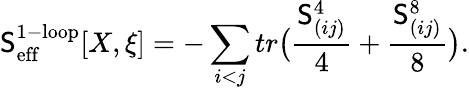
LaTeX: \mathsf{S}_{\mathrm{{eff}}}^{\mathrm{{1-loop}}}[X,\xi]=-\sum_{i<j}tr\bigl(\frac{{\mathsf{S}_{(ij)}^{4}}}{{4}}+\frac{{\mathsf{S}_{(ij)}^{8}}}{{8}}\bigr).